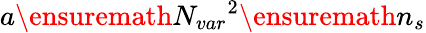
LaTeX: a\ensuremath{N_{var}}^{2}\ensuremath{n_{s}}